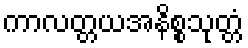
ကာလတ္တယအနိစ္စသုတ္တံ